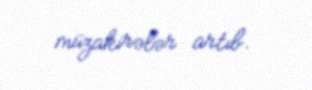
müzakirələr artıb.